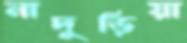
নাদুড়িয়া